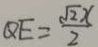
Q E = \frac { \sqrt { 2 } x } { 2 }